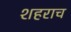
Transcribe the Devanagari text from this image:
शहराच